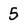
Character: 5